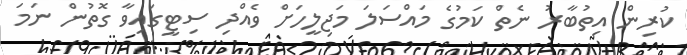
ކުރިން އިތުބާރު ނެތް ކަމުގެ މައްސަލަ މަޖިލީހަށް ވެއްދި ސިޓީގައިވާ ގޮތުން ނަމަ